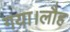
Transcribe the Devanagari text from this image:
गया।लौह